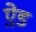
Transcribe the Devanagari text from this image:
ऐ़ड